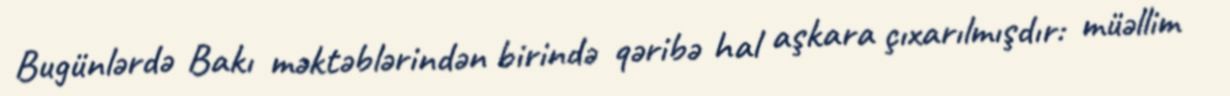
Bugünlərdə Bakı məktəblərindən birində qəribə hal aşkara çıxarılmışdır: müəllim